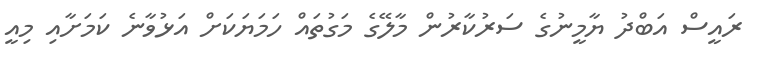
ރައީސް އަބްދު ޔާމީނުގެ ސަރުކާރުން މާލޭގެ މަގުތައް ހަމަޔަކަށް އަޅުވާނެ ކަމަށާއި މިއީ